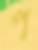
প